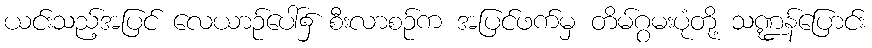
ယင်းသည့်အပြင် လေယာဉ်ပေါ်၌ စီးလာစဉ်က အပြင်ဖက်မှ တိမ်ဂွမးပုံတို့ သဏ္ဍန်ပြောင်း